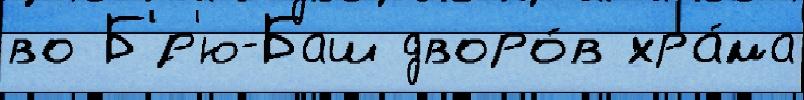
во Б'́р'ю-Баш дворо́в хра́ма